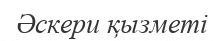
Әскери қызметі